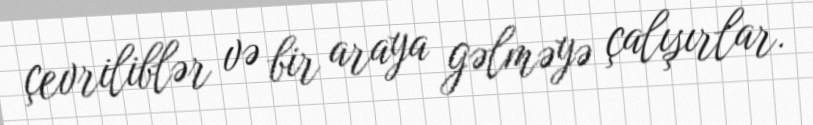
çevriliblər və bir araya gəlməyə çalışırlar.